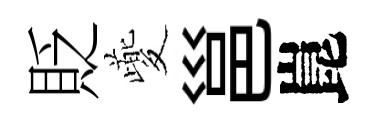
貶夔邕崑